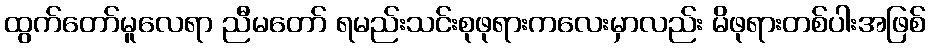
ထွက်တော်မူလေရာ ညီမတော် ရမည်းသင်းစုဖုရားကလေးမှာလည်း မိဖုရားတစ်ပါးအဖြစ်